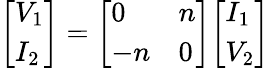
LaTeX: {\left[\begin{array}{l}{V_{1}}\\ {I_{2}}\end{array}\right]}={\left[\begin{array}{ll}{0}&{n}\\ {-n}&{0}\end{array}\right]}{\left[\begin{array}{l}{I_{1}}\\ {V_{2}}\end{array}\right]}